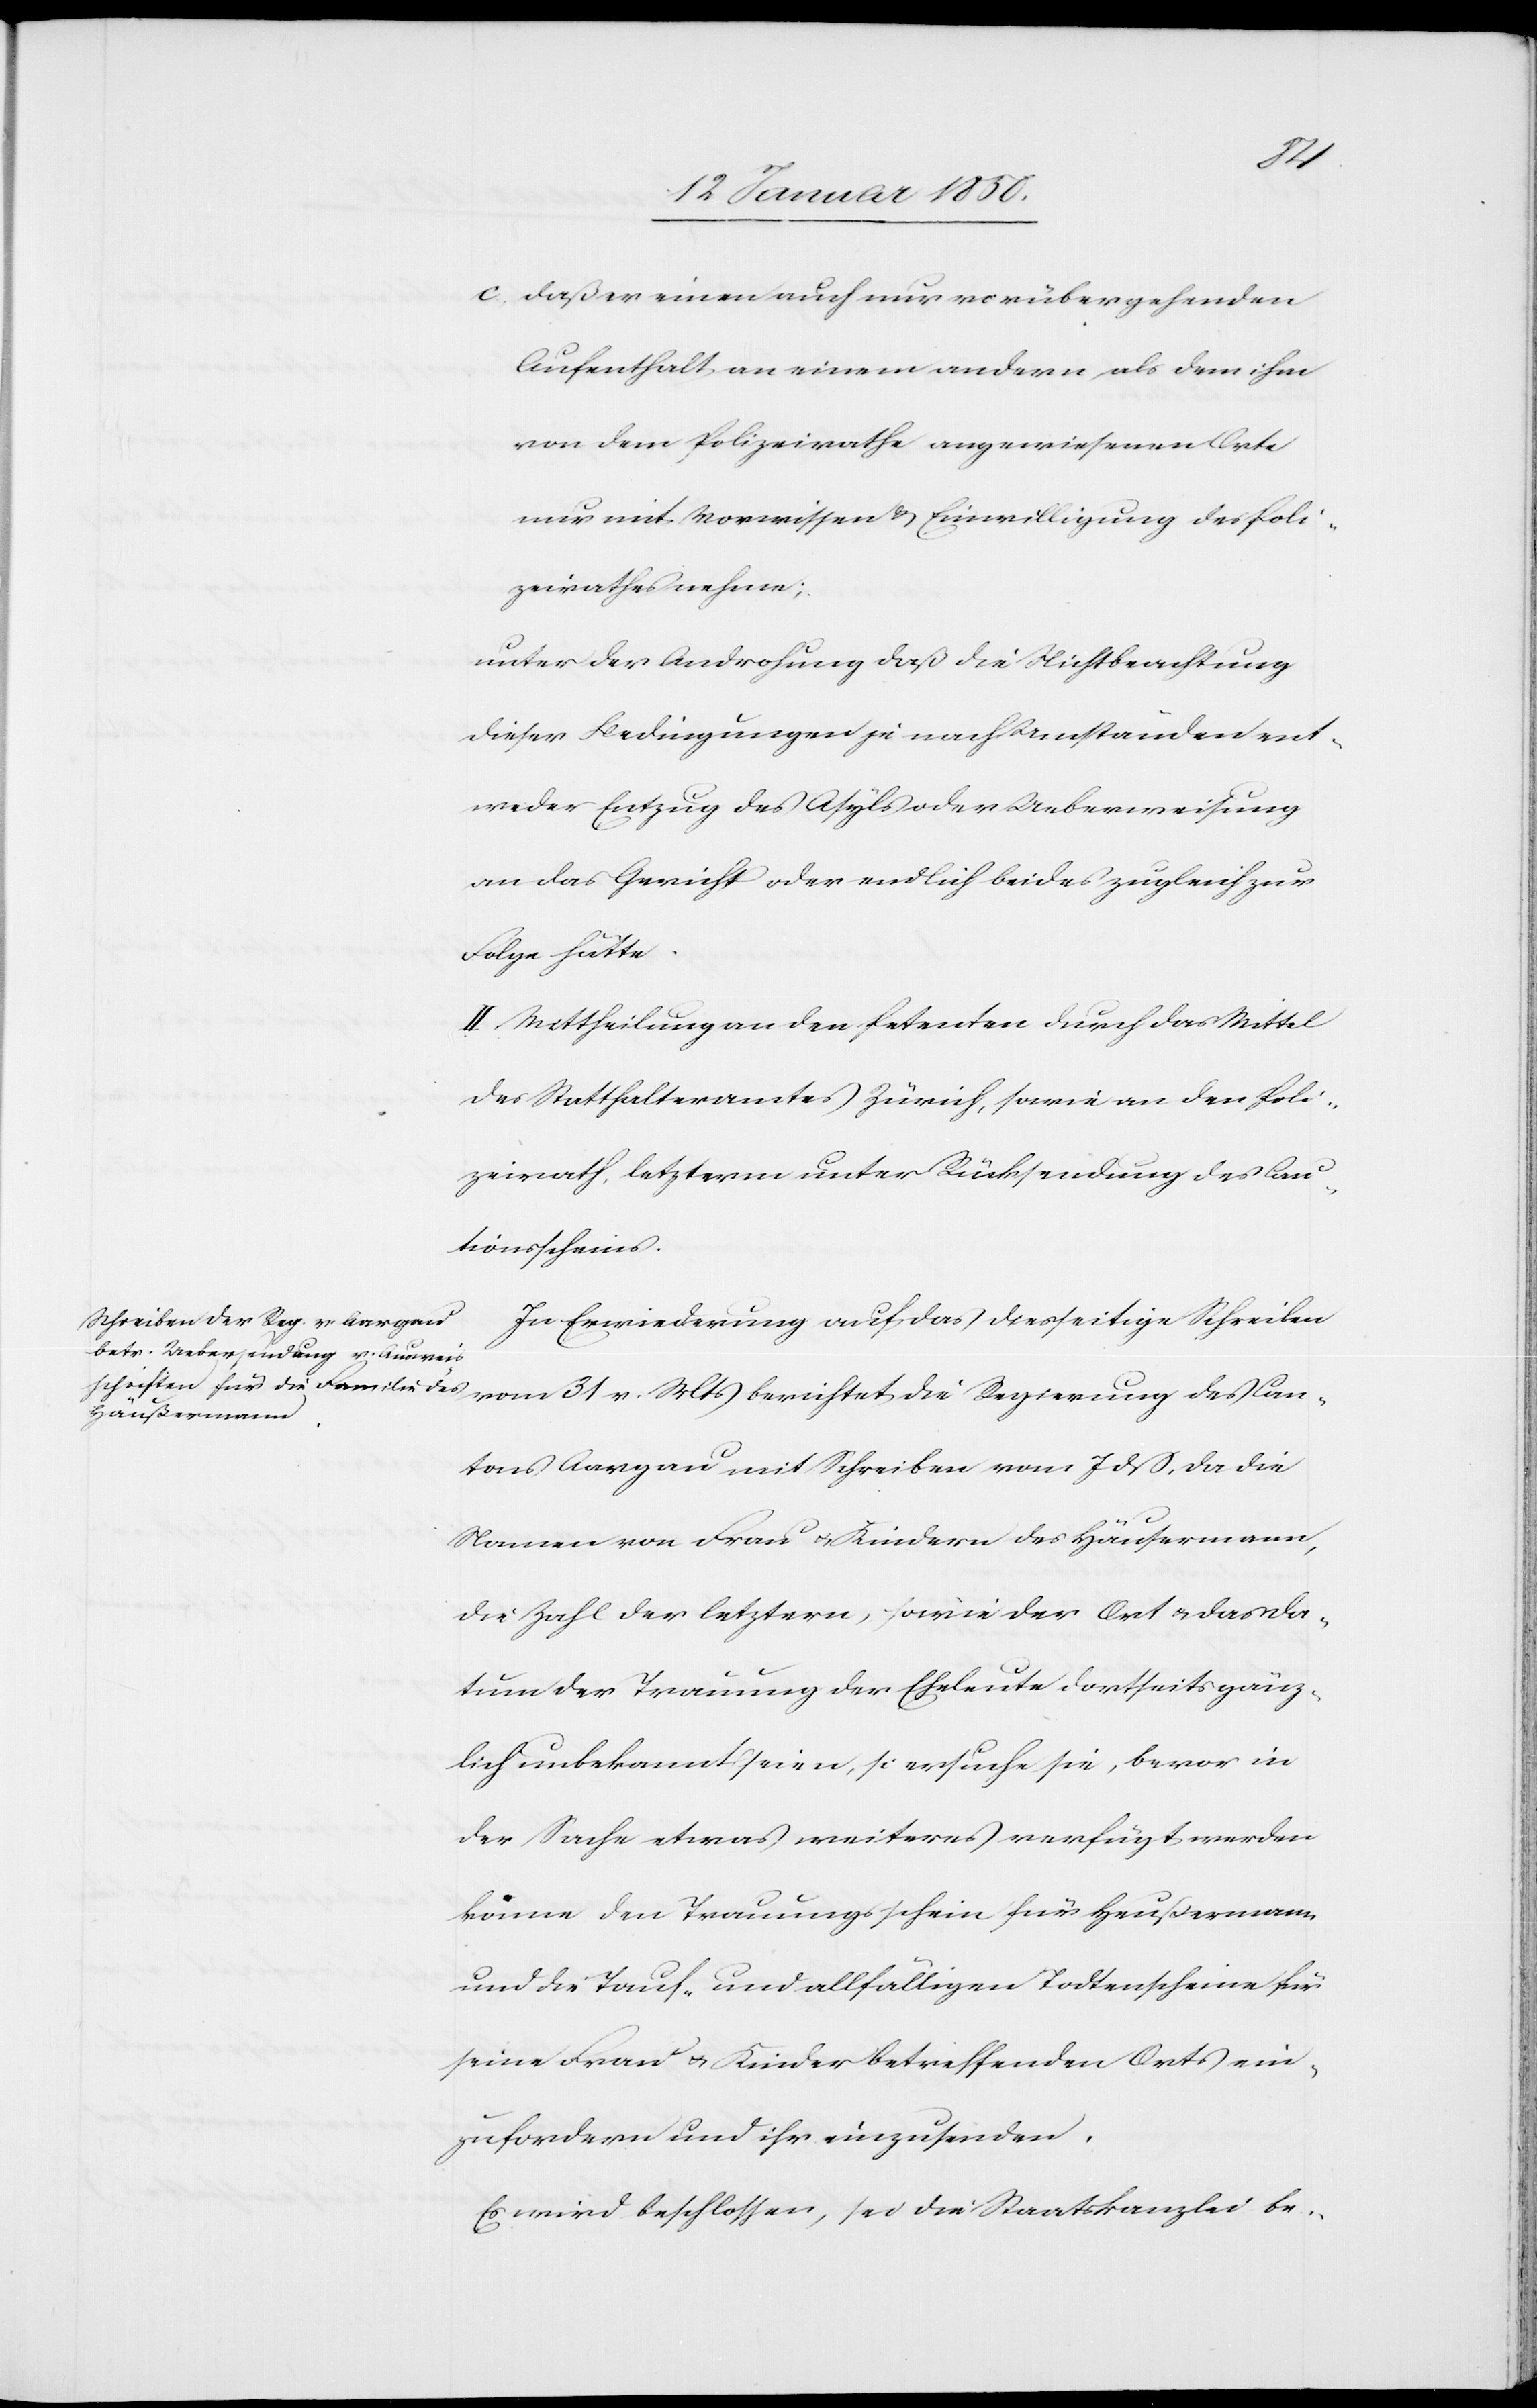
c. daß er einen auch nur vorübergehenden
Aufenthalt an einem andern als dem ihm
von dem Polizeirathe angewiesenen Orte
nur mit Vorwissen u. Einwilligung des Poli¬
zeirathes nehme;
unter der Androhung daß die Nichtbeachtung
dieser Bedingungen je nach Umständen ent¬
weder Entzug des Asyls oder Ueberweisung
an das Gericht oder endlich beides zugleich zur
Folge hätte.
II. Mittheilung an den Petenten durch das Mittel
des Statthalteramtes Zürich, sowie an den Poli¬
zeirath, letzterm unter Rücksendung des Cau¬
tionsscheins.
In Erwiederung auf das diesseitige Schreiben
vom 31 v. Mts berichtet die Regierung des Can¬
tons Aargau mit Schreiben vom 7 dß, da die
Namen von Frau u. Kindern des Häusermann
die Zahl der letztern, sowie der Ort u. das Da¬
tum der Trauung der Eheleute dortseits gänz¬
lich unbekannt seien, so ersuche sie, bevor in
der Sache etwas weiteres verfügt werden
könne den Trauungsschein für Heußermann
und die Tauf- und allfälligen Todtenscheine für
seine Frau u. Kinder betreffenden Orts ein¬
zufordern und ihr einzusenden.
Es wird beschlossen, sei die Staatskanzlei be-